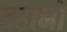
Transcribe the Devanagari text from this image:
वहानों